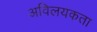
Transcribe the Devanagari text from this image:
अविलयकता